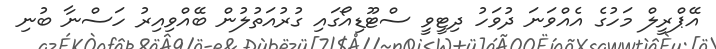
އޭޕްރީލް މަހުގެ އެއްވަނަ ދުވަހު ދިޓީވީ ސްޓޫޑިއޯގައި ގުރުއަތުލުން ބޭއްވިއިރު ހަސްނާ ބުނި